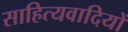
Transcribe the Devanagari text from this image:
साहित्यवादियों